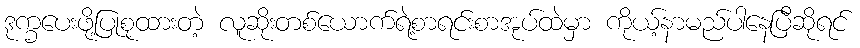
ဒုက္ခပေးဖို့ပြုစုထားတဲ့ လူဆိုးတစ်ယောက်ရဲ့စာရင်းစာအုပ်ထဲမှာ ကိုယ့်နာမည်ပါနေပြီဆိုရင်